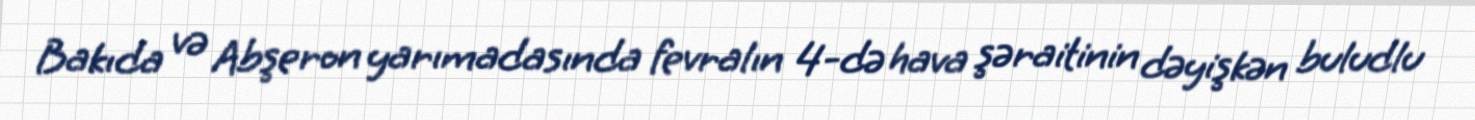
Bakıda və Abşeron yarımadasında fevralın 4-də hava şəraitinin dəyişkən buludlu